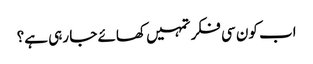
اب کون سی فکر تمہیں کھائے جا رہی ہے؟